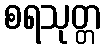
စရသုတ္တ